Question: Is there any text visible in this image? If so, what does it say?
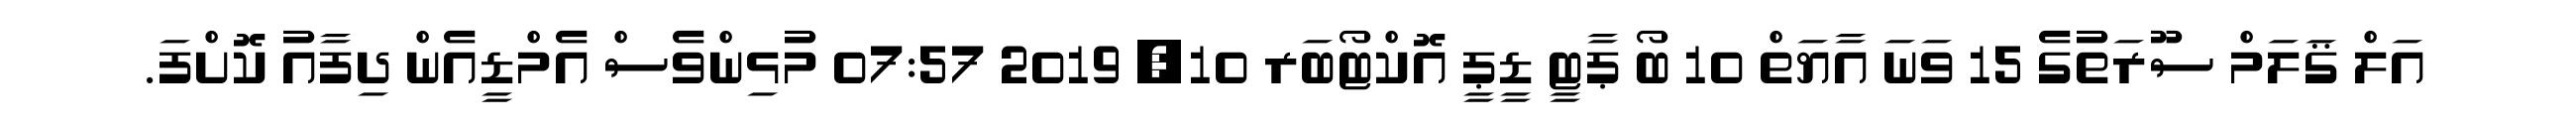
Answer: އަލް ޤަލަމް ސޫރަތުގެ 15 ވަނަ އާޔަތް 10 ބޯ ޕާޓީ ޑީޕީ އޮކްޓޯބަރ 10, 2019 07:57 މުޅިންވެސް އެމްޑީއެން ދިފާއު ކޮށްފަ.